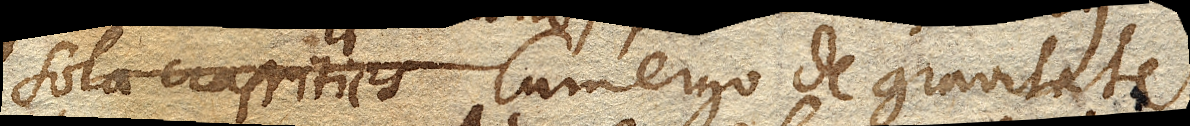
sola crassities Cum ergo de gravitate